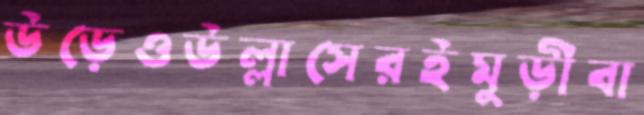
উড়েওউল্লাসেরইমুড়ীবা